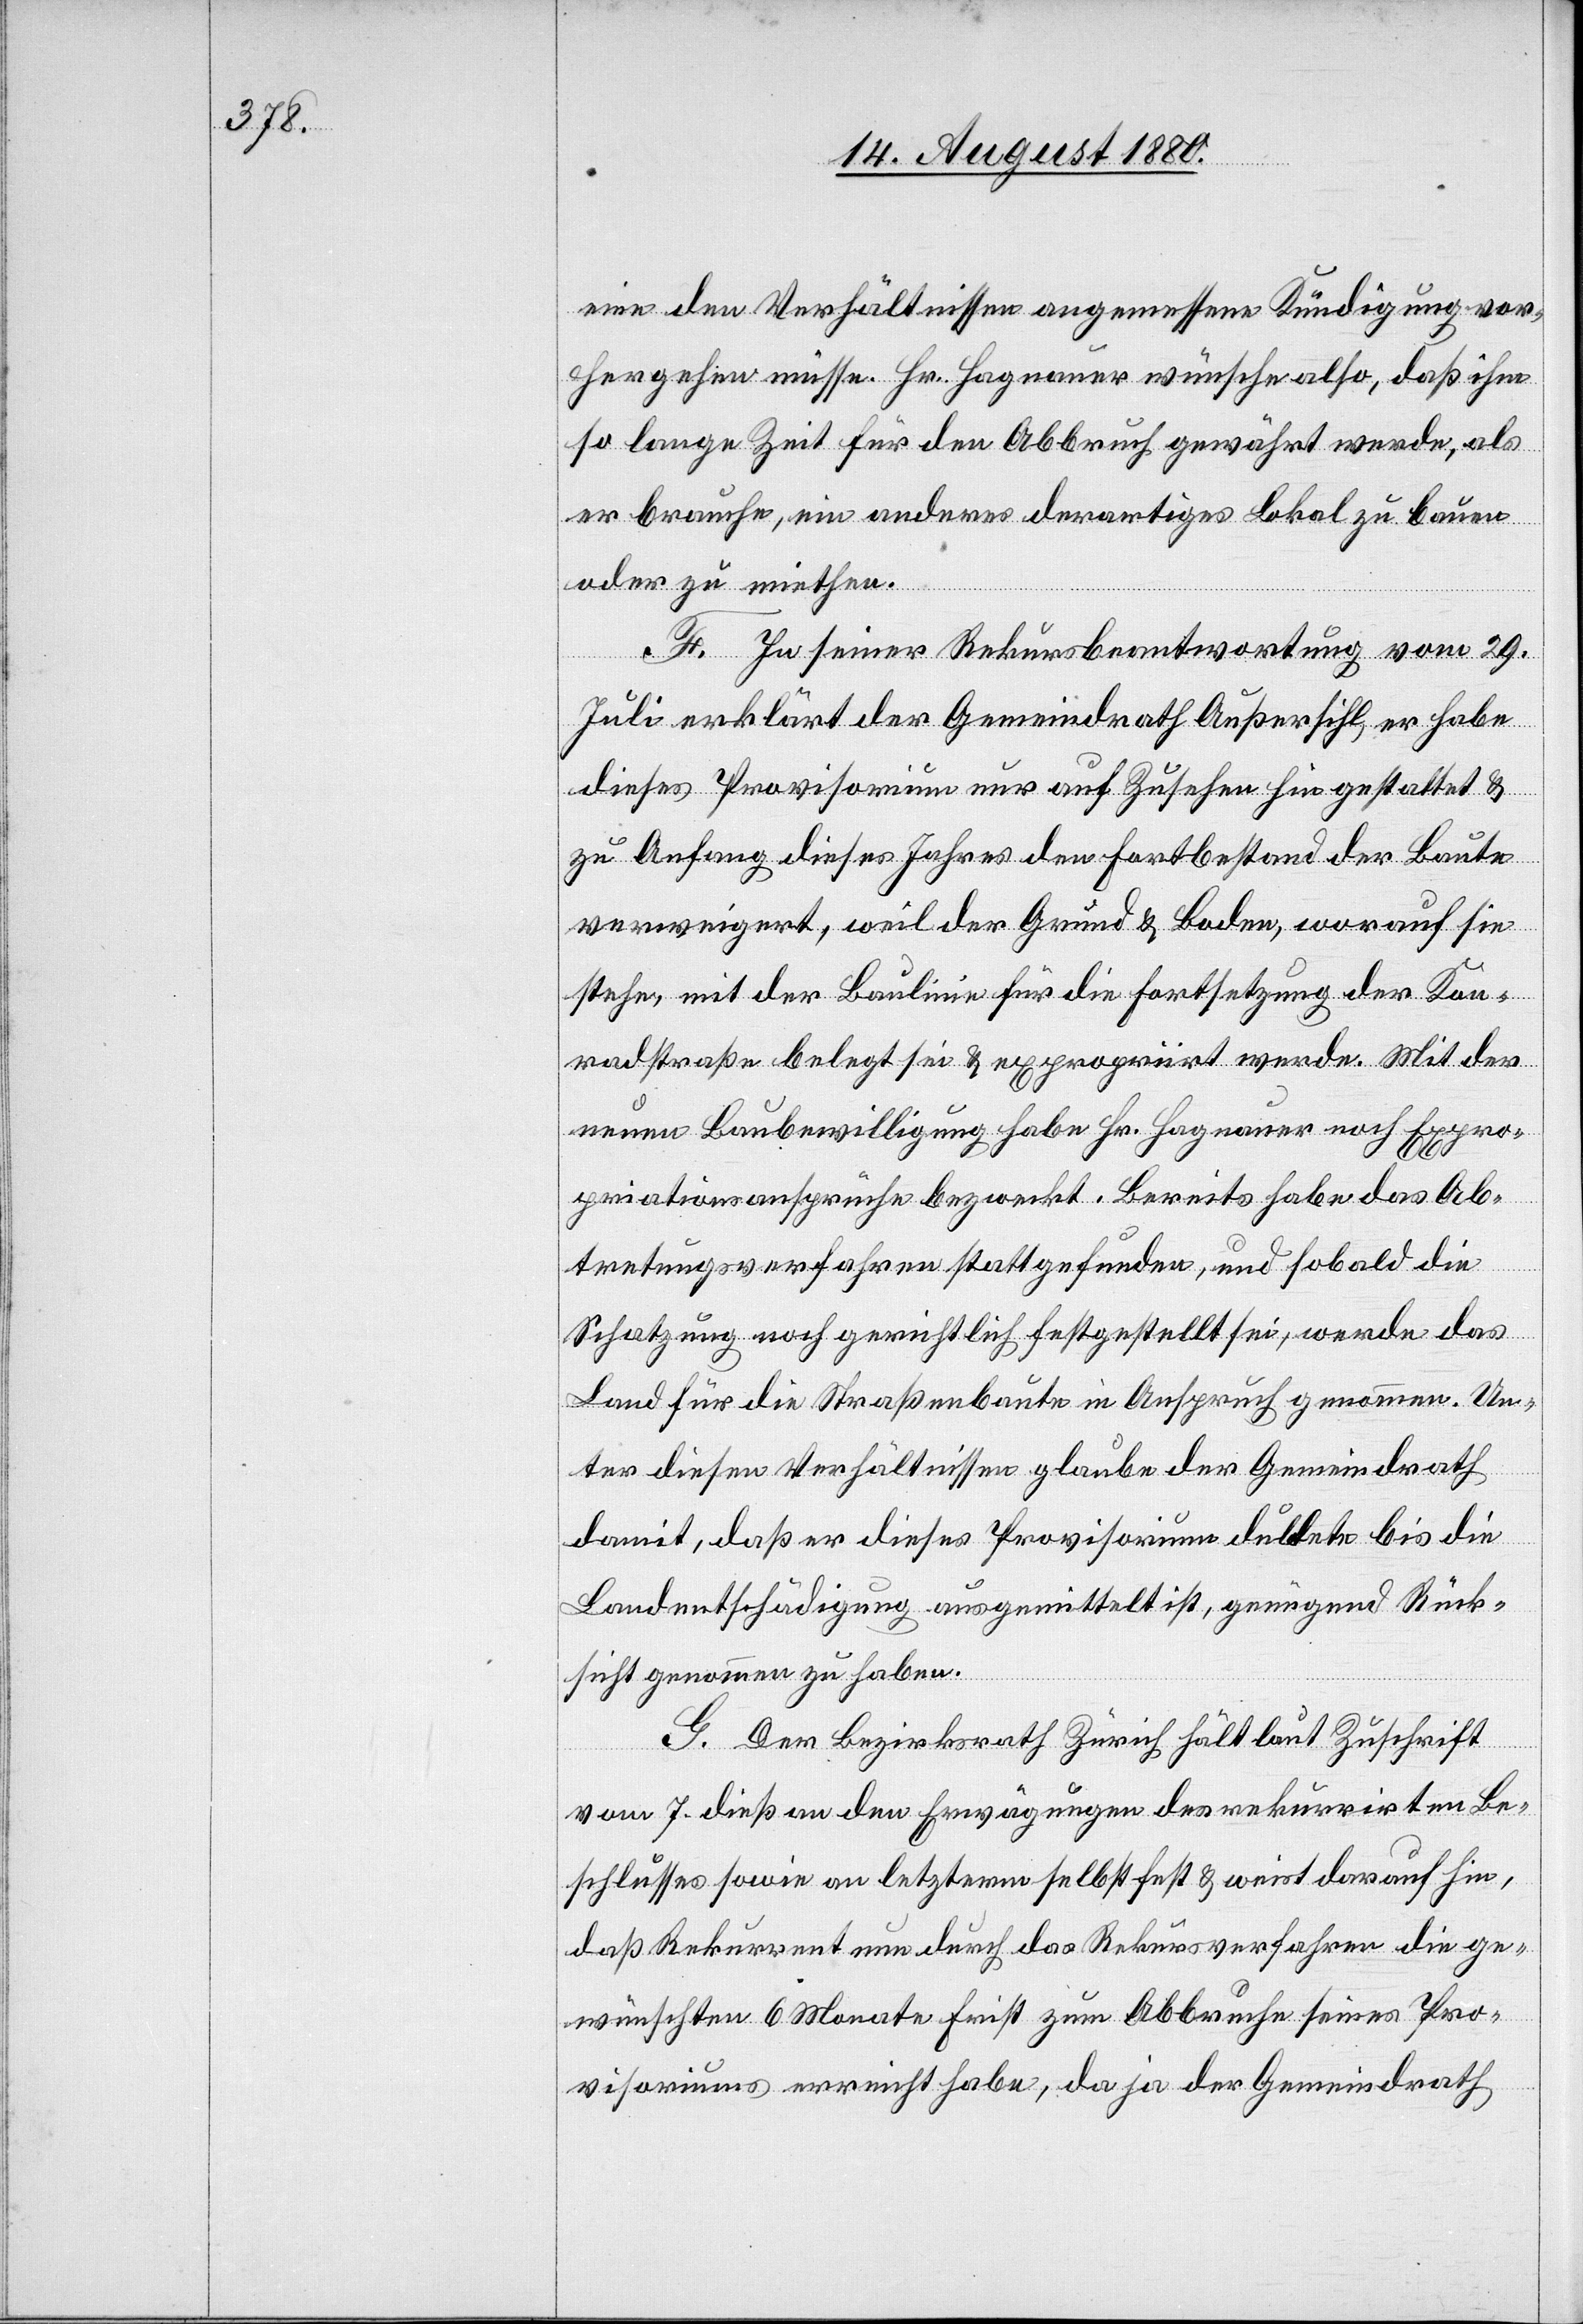
eine den Verhältnissen angemessene Kündigung vor¬
hergehen müsse. Hr. Hagnauer wünsche also, daß ihm
so lange Zeit für den Abbruch gewährt werde, als
er brauche, ein anderes derartiges Lokal zu bauen
oder zu miethen.
F. Zu seiner Rekursbeantwortung vom 29.
Juli erklärt der Gemeindrath Außersihl, er habe
dieses Provisorium nur auf Zusehen hin gestattet &
zu Anfang dieses Jahres den Fortbestand der Baute
verweigert, weil der Grund & Boden, worauf sie
stehe, mit der Baulinie für die Fortsetzung der Kon¬
radstraße belegt sei & expropriirt werde. Mit der
neuen Baubewilligung habe Hr. Hagnauer noch Expro¬
priationsansprüche bezweckt. Bereites habe das Ab¬
tretungsverfahren stattgefunden, und sobald die
Schatzung noch gerichtlich festgestellt sei, werde das
Land für die Straßenbaute in Anspruch genommen. Un¬
ter diesen Verhältnissen glaube der Gemeindrath
damit, daß er dieses Provisorium duldete bis die
Landentschädigung ausgemittelt ist, genügend Rück¬
sicht genommen zu haben.
G. Der Bezirksrath Zürich hält laut Zuschrift
vom 7. dieß an den Erwägungen des rekurrirten Be¬
schlusses sowie an letzterm selbst fest & weist darauf hin,
daß Rekurrent nun durch das Rekursverfahren die ge¬
wünschten 6 Monate Frist zum Abbruche seines Pro¬
visoriums erreicht habe, da ja der Gemeindrath